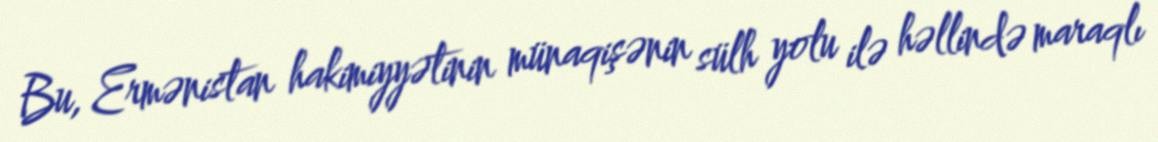
Bu, Ermənistan hakimiyyətinin münaqişənin sülh yolu ilə həllində maraqlı